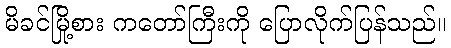
မိခင်မြို့စား ကတော်ကြီးကို ပြောလိုက်ပြန်သည်။